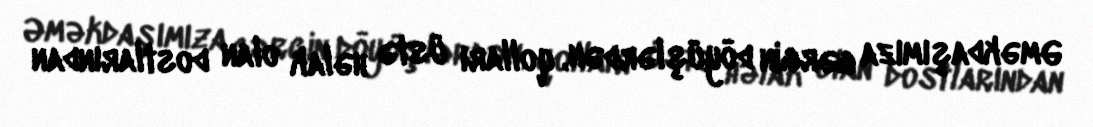
Əməkdaşımıza gərgin döyüşlərdən, qolları üstə həlak olan dostlarından